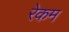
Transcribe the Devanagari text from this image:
रेकम